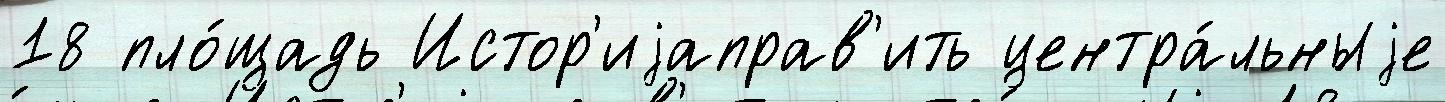
18 пло́щадь Истор'иjаправ'ить центра́льныjе